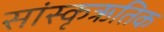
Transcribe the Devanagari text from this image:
सांस्कृऋतिक